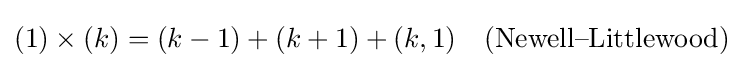
(1)\times (k)=(k-1)+(k+1)+(k,1)\quad {\text{(Newell–Littlewood)}}